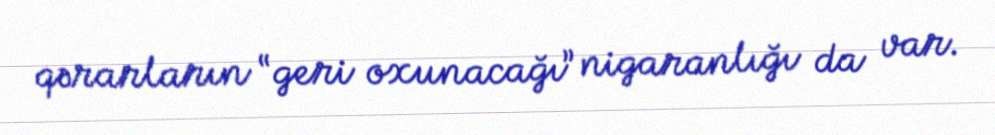
qərarların “geri oxunacağı” nigaranlığı da var.